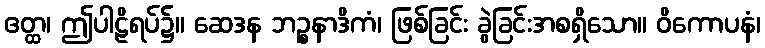
ဧတ္ထ၊ ဤပါဠိရပ်၌။ ဆေဒန ဘဉ္စနာဒိကံ၊ ဖြစ်ခြင်း ခွဲခြင်းအစရှိသော။ ဝိကောပနံ၊